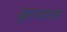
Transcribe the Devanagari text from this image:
बृहज्जात्क